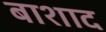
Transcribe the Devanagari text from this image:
बाशाद